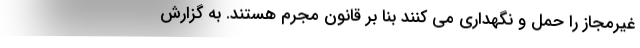
غیرمجاز را حمل و نگهداری می کنند بنا بر قانون مجرم هستند. به گزارش